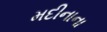
મદીનાના